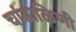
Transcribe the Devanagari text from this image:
चांडाळिणी